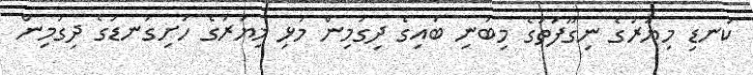
ކަނޑި މިޔަރުގެ ނިގޫފަތުގެ މިބުނި ބައިގެ ދިގުމިން މުޅި މިޔަރުގެ ހަށިގަނޑުގެ ދިގުމިން